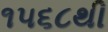
૧૫૬૮થી